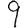
Digit: 9